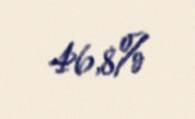
46,8%